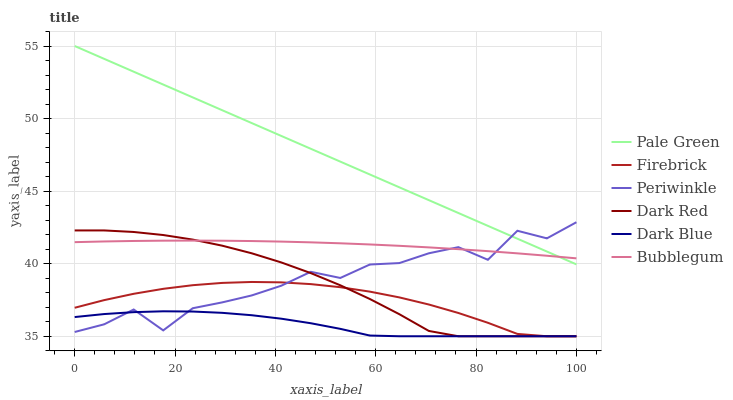
| xaxis_label | Pale Green | Firebrick | Periwinkle | Dark Red | Dark Blue | Bubblegum |
 | --- | --- | --- | --- | --- | --- | --- |
 | 0 | 55 | 37 | 35.3 | 42.3 | 36.3 | 41.5 |
 | 5.88 | 54.1 | 37.5 | 35.8 | 42.3 | 36.5 | 41.5 |
 | 11.8 | 53.2 | 37.9 | 36.8 | 42.2 | 36.7 | 41.6 |
 | 17.6 | 52.3 | 38.3 | 35.4 | 42 | 36.7 | 41.6 |
 | 23.5 | 51.5 | 38.5 | 36.9 | 41.7 | 36.7 | 41.6 |
 | 29.4 | 50.6 | 38.7 | 37.3 | 41.2 | 36.6 | 41.6 |
 | 35.3 | 49.7 | 38.7 | 37.8 | 40.7 | 36.4 | 41.6 |
 | 41.2 | 48.8 | 38.7 | 38.5 | 40.1 | 36.2 | 41.5 |
 | 47.1 | 47.9 | 38.6 | 39.4 | 39.4 | 35.9 | 41.5 |
 | 52.9 | 47 | 38.4 | 39 | 38.5 | 35.5 | 41.4 |
 | 58.8 | 46.1 | 38.1 | 39.9 | 37.6 | 35 | 41.3 |
 | 64.7 | 45.3 | 37.7 | 40 | 36.5 | 35 | 41.2 |
 | 70.6 | 44.4 | 37.2 | 40.7 | 35.4 | 35 | 41.1 |
 | 76.5 | 43.5 | 36.6 | 41.1 | 35 | 35 | 41 |
 | 82.4 | 42.6 | 35.9 | 40.3 | 35 | 35 | 40.9 |
 | 88.2 | 41.7 | 35.2 | 42.3 | 35 | 35 | 40.7 |
 | 94.1 | 40.8 | 35 | 41.7 | 35 | 35 | 40.5 |
 | 100 | 40 | 35 | 42.9 | 35 | 35 | 40.4 |